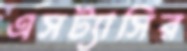
এসট্যাসির